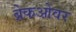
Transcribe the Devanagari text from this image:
ब्रेकओवर